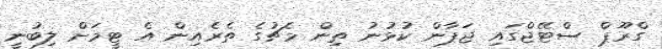
ގްރޫޕް ސްޓޭޖްގައި ޖަޕާން ކުޅުނު ތިން މެޗުގެ ތެރެއިން އެ ޓީމަށް ލިބުނީ